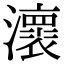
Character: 瀤